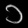
Digit: ၁